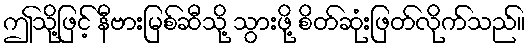
ဤသို့ဖြင့် နီဗားမြစ်ဆီသို့ သွားဖို့ စိတ်ဆုံးဖြတ်လိုက်သည်။